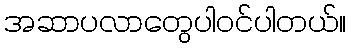
အဆာပလာတွေပါဝင်ပါတယ်။